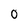
Character: 0